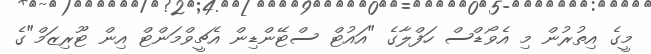
މީގެ އިތުރުން މި އެވޯޑްސް ހަފްލާގެ "އައުޓް ސްޓޭންޑިން އެޗީވްމަންޓް އިން ޓޫރިޒަމް"ގެ